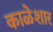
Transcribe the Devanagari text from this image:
काळेशार